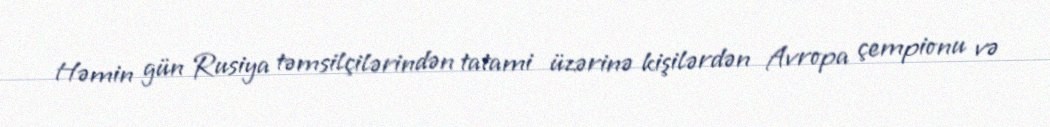
Həmin gün Rusiya təmsilçilərindən tatami üzərinə kişilərdən Avropa çempionu və